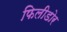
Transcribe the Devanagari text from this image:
फिलीडोर